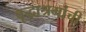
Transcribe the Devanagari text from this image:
वृद्धाश्रमांची